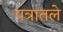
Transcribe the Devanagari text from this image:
पत्रातले